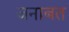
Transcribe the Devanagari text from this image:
जनाबत